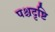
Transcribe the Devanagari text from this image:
पश्चदृष्टि